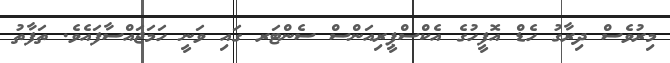
މިރުވެސް ދިރާގު ހެޑް އޮފީހުގެ އެކްސްޕީރިއަންސް ސެންޓަރ ގައި ވަނީ ހަމަޖައްސާފައެވެ. ތަފާތު